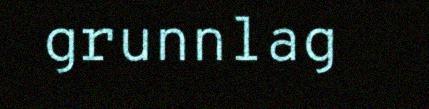
grunnlag